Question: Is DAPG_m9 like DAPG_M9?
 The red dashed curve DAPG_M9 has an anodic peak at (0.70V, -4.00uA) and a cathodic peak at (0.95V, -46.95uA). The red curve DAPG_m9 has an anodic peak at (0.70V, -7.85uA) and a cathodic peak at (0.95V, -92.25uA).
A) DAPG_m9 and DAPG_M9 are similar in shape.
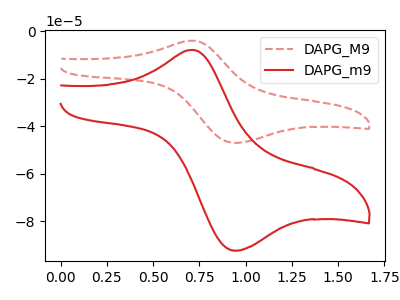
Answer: <think>All the peaks in "DAPG_m9" have a peak in "DAPG_M9" at the same potential.
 </think>
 <answer>A) "DAPG_m9" and "DAPG_M9" are similar in shape.</answer>
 <eval>A</eval>